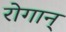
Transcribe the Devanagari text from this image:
रोगान्